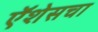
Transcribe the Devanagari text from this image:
ऍशेसचा